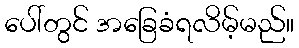
ပေါ်တွင် အခြေခံရလိမ့်မည်။